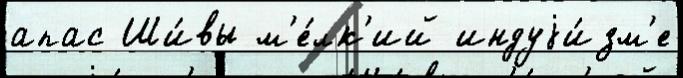
апас Ши́вы м'е́лк'ий индуjи́зм'е